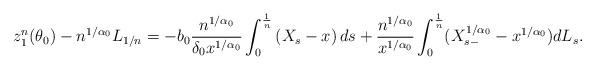
LaTeX: \begin{align*}z_1^n(\theta_0) - n^{1/\alpha_0} L_{1 /n} = -b_0\frac{n^{1/\alpha_0}}{\delta_0 x^{1/ \alpha_0}} \int_0^\frac{1}{n} \left(X_s - x \right) ds + \frac{n^{1/\alpha_0}}{x^{1/ \alpha_0}} \int_0^\frac{1}{n} (X_{s-}^{1/ \alpha_0} - x^{1/ \alpha_0}) dL_s.\end{align*}